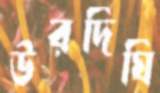
উরদিঘি